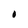
Character: O